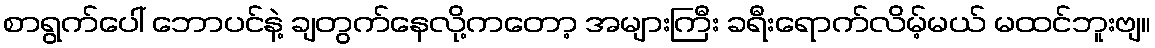
စာရွက်ပေါ် ဘောပင်နဲ့ ချတွက်နေလို့ကတော့ အများကြီး ခရီးရောက်လိမ့်မယ် မထင်ဘူးဗျ။